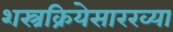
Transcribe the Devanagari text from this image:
शस्त्रक्रियेसारख्या